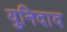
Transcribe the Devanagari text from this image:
युनिदाद